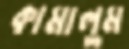
কামালুম